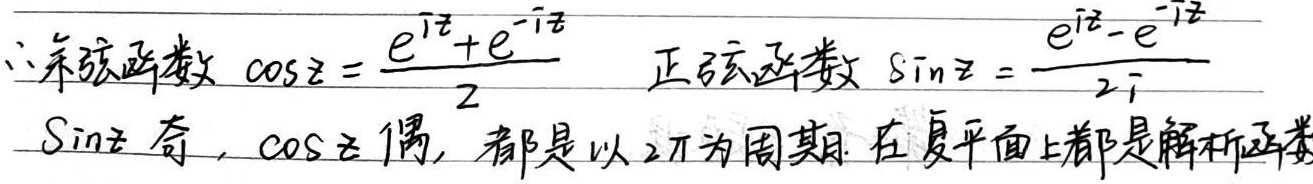
\(\therefore\) 余弦函数\(\cos z=\frac{e^{iz}+e^{-iz}}{2}\)，正弦函数\(\sin z = \frac{e^{iz}-e^{-iz}}{2i}\)。\(\sin z\) 为奇函数，\(\cos z\) 为偶函数，它们都是以 \(2\pi\)为周期，在复平面上都是解析函数。